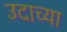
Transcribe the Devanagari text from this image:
उदाच्या